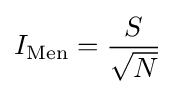
I_{\mathrm {Men} }={\frac {S}{\sqrt {N}}}